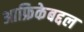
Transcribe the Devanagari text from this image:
आफ्रिकेबद्दल